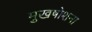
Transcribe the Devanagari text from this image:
मुखषोशना